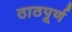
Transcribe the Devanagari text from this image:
ठाठपूर्ण